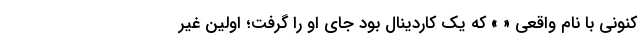
کنونی با نام واقعی « » که یک کاردینال بود جای او را گرفت؛ اولین غیر